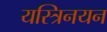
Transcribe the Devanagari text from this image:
यस्त्रिनयन